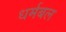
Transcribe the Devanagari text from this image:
धर्मबल